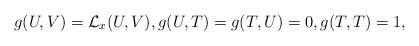
LaTeX: \begin{align*}g(U, V)=\mathcal L_x(U, V),g(U, T)=g(T, U)=0, g(T, T)=1,\end{align*}